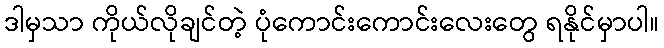
ဒါမှသာ ကိုယ်လိုချင်တဲ့ ပုံကောင်းကောင်းလေးတွေ ရနိုင်မှာပါ။